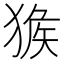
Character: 㺅